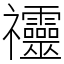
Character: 䄥